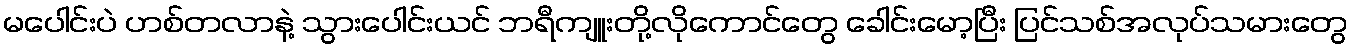
မပေါင်းပဲ ဟစ်တလာနဲ့ သွားပေါင်းယင် ဘရီကျူးတို့လိုကောင်တွေ ခေါင်းမော့ပြီး ပြင်သစ်အလုပ်သမားတွေ